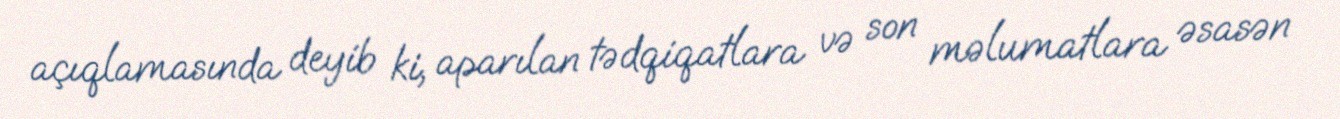
açıqlamasında deyib ki, aparılan tədqiqatlara və son məlumatlara əsasən